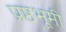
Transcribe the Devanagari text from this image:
प्रष्ठभूमी